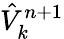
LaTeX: \hat{V}_{k}^{n+1}